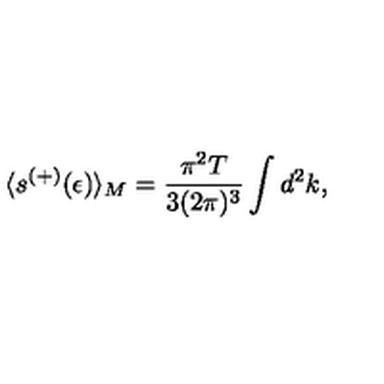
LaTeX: \langle s ^ { ( + ) } ( \epsilon ) \rangle _ { M } = \frac { \pi ^ { 2 } T } { 3 ( 2 \pi ) ^ { 3 } } \int d ^ { 2 } k { , }